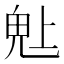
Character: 𬴾